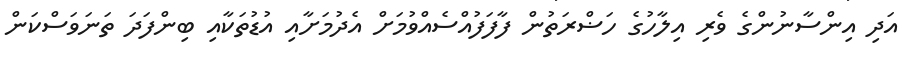
އަދި އިންސާނުންގެ ވެރި އިލާހުގެ ހަޟްރަތުން ފާފަފުއްސެއްވުމަށް އެދުމަށާއި އުޑުތަކާއި ބިންފަދަ ތަނަވަސްކަން